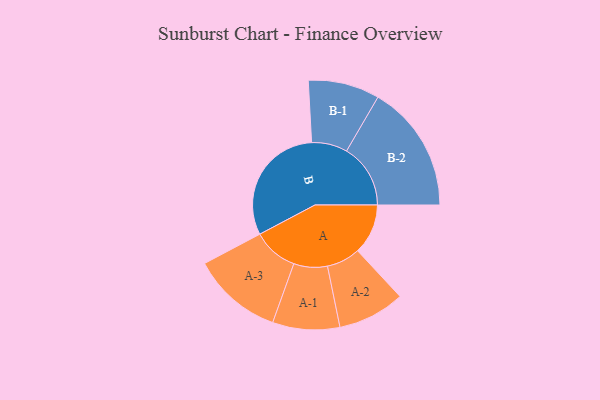
{"axis": {"x": "Segment", "y": "Value"}, "legend": ["", "A", "B"], "data": [{"x": "A", "y": 189, "type": ""}, {"x": "B", "y": 461, "type": ""}, {"x": "A-1", "y": 126, "type": "A"}, {"x": "A-2", "y": 126, "type": "A"}, {"x": "A-3", "y": 170, "type": "A"}, {"x": "B-1", "y": 134, "type": "B"}, {"x": "B-2", "y": 240, "type": "B"}]}